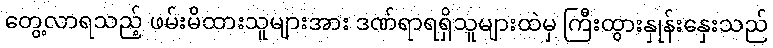
တွေ့လာရသည့် ဖမ်းမိထားသူများအား ဒဏ်ရာရရှိသူများထဲမှ ကြီးထွားနှုန်းနှေးသည်